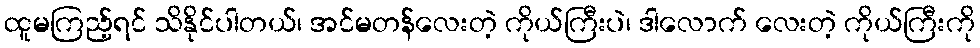
ထူမကြည့်ရင် သိနိုင်ပါတယ်၊ အင်မတန်လေးတဲ့ ကိုယ်ကြီးပဲ၊ ဒါလောက် လေးတဲ့ ကိုယ်ကြီးကို